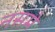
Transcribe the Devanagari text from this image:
नसमे